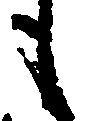
も